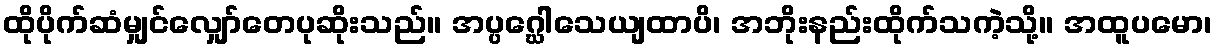
ထိုပိုက်ဆံမျှင်လျှော်တေပုဆိုးသည်။ အပ္ပဂ္ဃေါသေယျထာပိ၊ အဘိုးနည်းထိုက်သကဲ့သို့။ အထူပမော၊